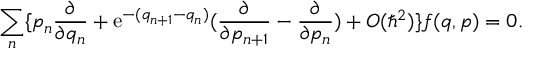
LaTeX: \sum _ { n } \{ p _ { n } \frac { \partial } { \partial q _ { n } } + \mathrm { e } ^ { - ( q _ { n + 1 } - q _ { n } ) } ( \frac { \partial } { \partial p _ { n + 1 } } - \frac { \partial } { \partial p _ { n } } ) + O ( \hbar ^ { 2 } ) \} f ( q , p ) = 0 .